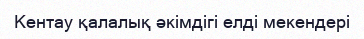
Кентау қалалық әкімдігі елді мекендері